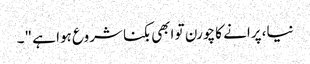
نیا، پرانے کا چورن تو ابھی بکنا شروع ہوا ہے "۔